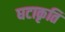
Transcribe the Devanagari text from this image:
घटाकृति